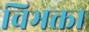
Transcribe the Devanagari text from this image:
विभक्ता